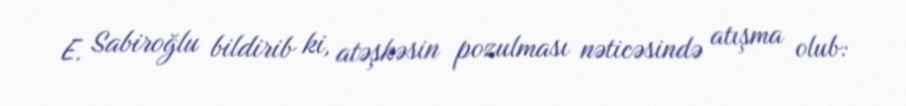
E. Sabiroğlu bildirib ki, atəşkəsin pozulması nəticəsində atışma olub: